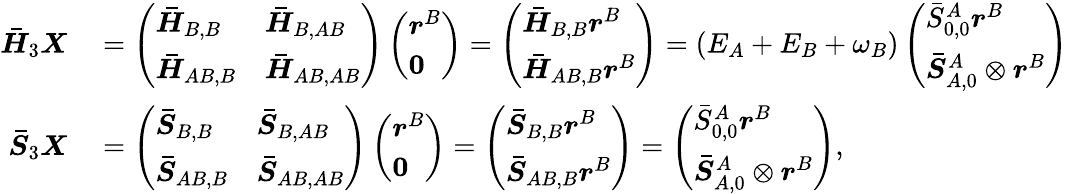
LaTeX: \begin{array}{rl}{\boldsymbol{\bar{H}}_{3}\boldsymbol{X}}&{{}=\left(\begin{array}{ll}{\boldsymbol{\bar{H}}_{B,B}}&{\boldsymbol{\bar{H}}_{B,AB}}\\ {\boldsymbol{\bar{H}}_{AB,B}}&{\boldsymbol{\bar{H}}_{AB,AB}}\end{array}\right)\left(\begin{array}{l}{\boldsymbol{r}^{B}}\\ {\boldsymbol{0}}\end{array}\right)=\left(\begin{array}{l}{\boldsymbol{\bar{H}}_{B,B}\boldsymbol{r}^{B}}\\ {\boldsymbol{\bar{H}}_{AB,B}\boldsymbol{r}^{B}}\end{array}\right)=(E_{A}+E_{B}+\omega_{B})\left(\begin{array}{l}{\bar{{S}}_{0,0}^{A}\boldsymbol{r}^{B}}\\ {\boldsymbol{\bar{{S}}}_{A,0}^{A}\otimes\boldsymbol{r}^{B}}\end{array}\right)}\\ {\boldsymbol{\bar{{S}}}_{3}\boldsymbol{X}}&{{}=\left(\begin{array}{ll}{\boldsymbol{\bar{{S}}}_{B,B}}&{\boldsymbol{\bar{{S}}}_{B,AB}}\\ {\boldsymbol{\bar{{S}}}_{AB,B}}&{\boldsymbol{\bar{{S}}}_{AB,AB}}\end{array}\right)\left(\begin{array}{l}{\boldsymbol{r}^{B}}\\ {\boldsymbol{0}}\end{array}\right)=\left(\begin{array}{l}{\boldsymbol{\bar{{S}}}_{B,B}\boldsymbol{r}^{B}}\\ {\boldsymbol{\bar{{S}}}_{AB,B}\boldsymbol{r}^{B}}\end{array}\right)=\left(\begin{array}{l}{\bar{{S}}_{0,0}^{A}\boldsymbol{r}^{B}}\\ {\boldsymbol{\bar{{S}}}_{A,0}^{A}\otimes\boldsymbol{r}^{B}}\end{array}\right),}\end{array}